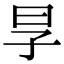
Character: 㫗